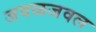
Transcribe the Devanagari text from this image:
जवळजवल